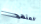
المنهج